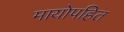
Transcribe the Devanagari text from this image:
मायोपहित